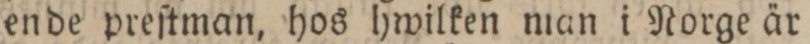
ende preſtman, hos hwilken man i Norge är